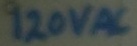
Text: 120VAC